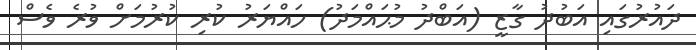
ދައުރުގައި އަބުދު ގާޒީ (އަބްދު މުޙައްމަދު) ހައްޔަރު ކުރި ކުރުމަށް ވުރެ ވެސް